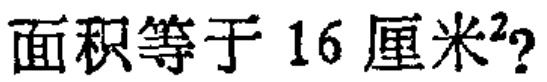
面积等于 16 厘米²?